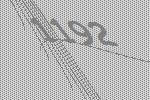
1192